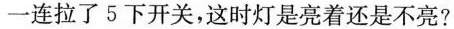
一连拉了 5 下开关，这时灯是亮着还是不亮?